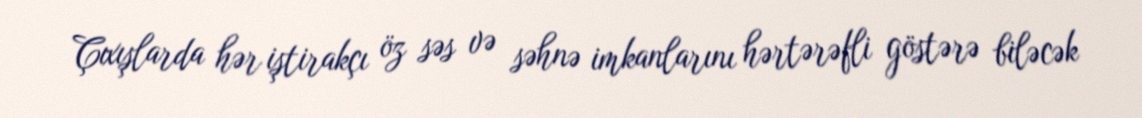
Çıxışlarda hər iştirakçı öz səs və səhnə imkanlarını hərtərəfli göstərə biləcək